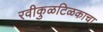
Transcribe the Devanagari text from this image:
रवीकुळटिळकाचा